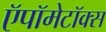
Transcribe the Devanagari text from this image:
ऍपॉमेटॉक्स